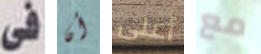
فى أن أعلى مع